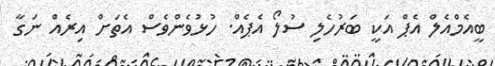
ބީއެމްއެލް އެޕް އަކީ ބަރުހެލި ސުލޯ އެޕެއް. ހުޅުވެންވެސް އެތަށް އިރެއް ނަގާ